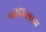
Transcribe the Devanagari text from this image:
फीनिक्सचा